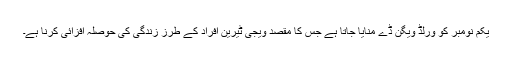
یکم نومبر کو ورلڈ ویگن ڈے منایا جاتا ہے جس کا مقصد ویجی ٹیرین افراد کے طرز زندگی کی حوصلہ افزائی کرنا ہے۔